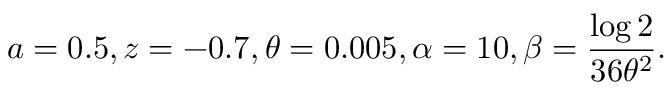
a = 0 . 5 , z = - 0 . 7 , \theta = 0 . 0 0 5 , \alpha = 1 0 , \beta = \frac { \log 2 } { 3 6 \theta ^ { 2 } } .